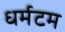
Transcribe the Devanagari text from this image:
धर्मटम